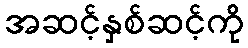
အဆင့်နှစ်ဆင့်ကို